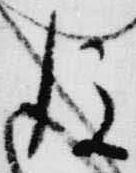
後